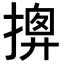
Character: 𢱰